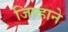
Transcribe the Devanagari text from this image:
जिल्हाने